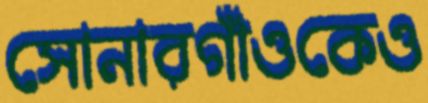
সোনারগাঁওকেও